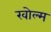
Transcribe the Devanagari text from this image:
खोल्म